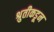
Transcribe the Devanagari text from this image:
श्रुतीकडून